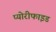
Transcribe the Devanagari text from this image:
प्योरीफाइड